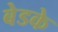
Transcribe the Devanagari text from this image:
बेडके